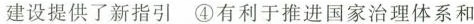
建设提供了新指引 ④有利于推进国家治理体系和